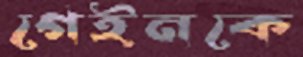
গেইনকে